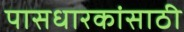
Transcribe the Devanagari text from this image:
पासधारकांसाठी